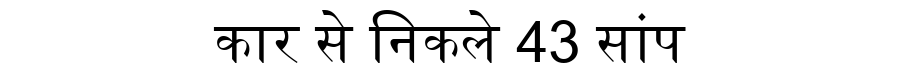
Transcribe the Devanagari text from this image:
कार से निकले 43 सांप